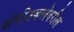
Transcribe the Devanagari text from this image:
संगीतकलेवरील